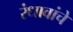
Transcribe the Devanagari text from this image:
रंधावांचे